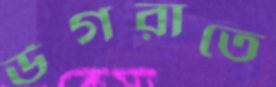
উগরাতে